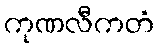
ကုဏလီကတံ